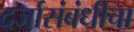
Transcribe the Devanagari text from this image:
दर्जासंबंधीचा